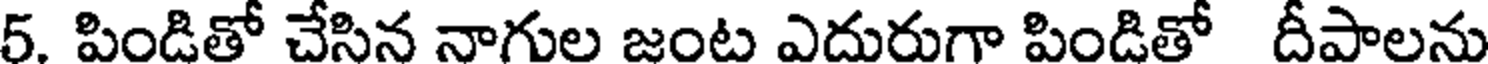
5. పిండితో చేసిన నాగుల జంట ఎదురుగా పిండితో దీపాలను